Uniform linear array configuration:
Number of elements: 16
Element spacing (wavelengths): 0.75
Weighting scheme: uniform
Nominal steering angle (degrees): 60
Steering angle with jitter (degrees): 61.223
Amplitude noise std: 0.05
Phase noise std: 0.05

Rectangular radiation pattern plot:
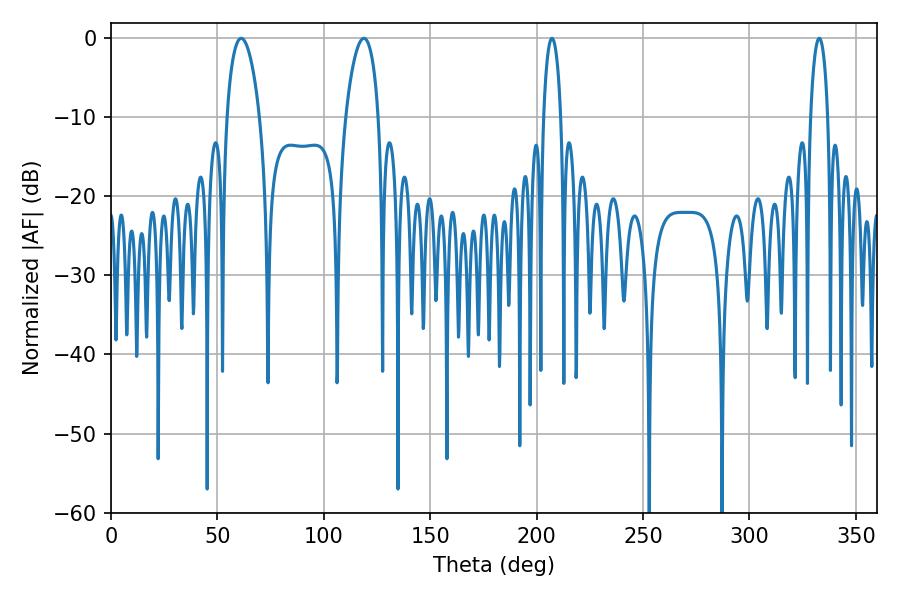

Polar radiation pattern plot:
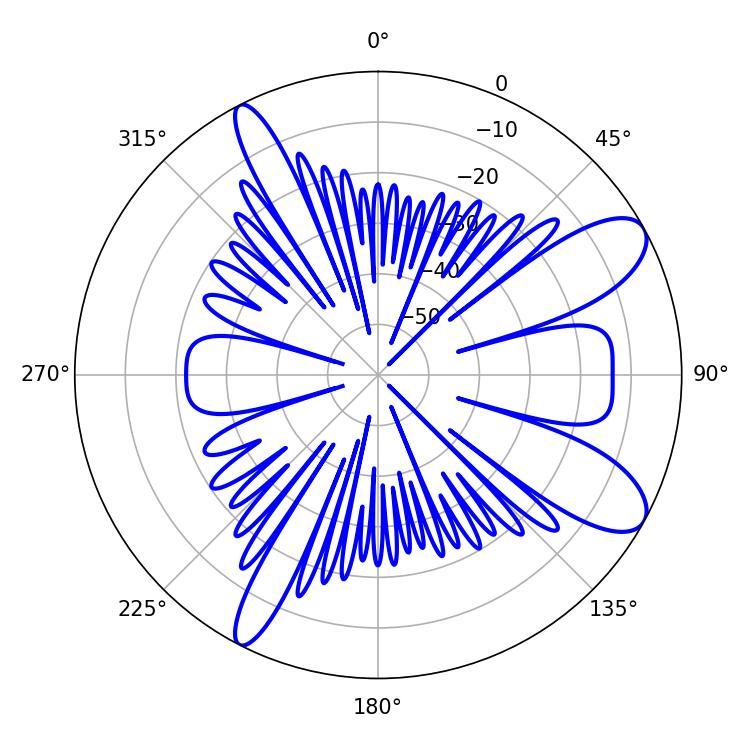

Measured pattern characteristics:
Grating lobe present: TRUE
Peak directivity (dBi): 9.629
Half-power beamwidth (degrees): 8.82
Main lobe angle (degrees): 118.8